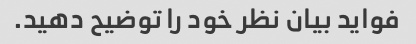
فواید بیان نظر خود را توضیح دهید.